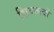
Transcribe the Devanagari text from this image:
शिवतत्वों